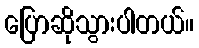
ပြောဆိုသွားပါတယ်။